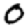
Digit: 0